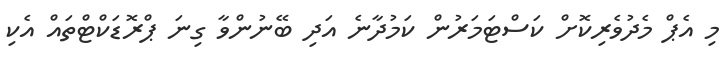
މި އެޕް މެދުވެރިކޮށް ކަސްޓަމަރުން ކަމުދާނެ އަދި ބޭނުންވާ ގިނަ ޕްރޮޑަކްޓްތައް އެކި